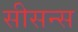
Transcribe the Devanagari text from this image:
सीसन्स